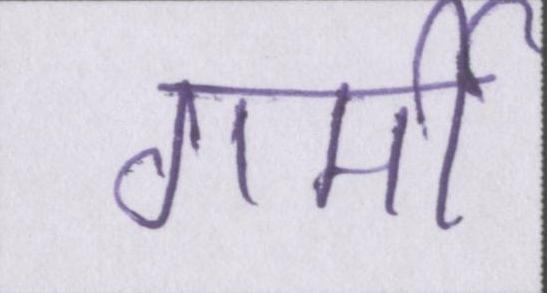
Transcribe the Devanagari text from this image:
गर्मी